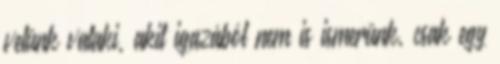
velünk valaki, akit igazából nem is ismerünk, csak egy